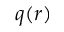
q ( r )